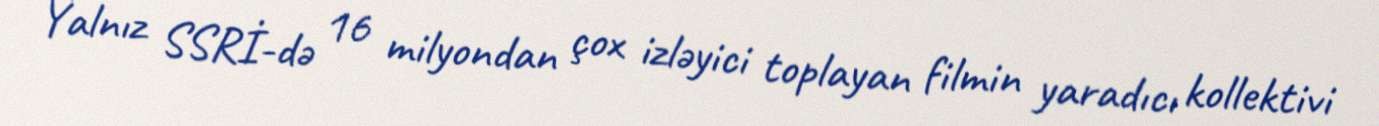
Yalnız SSRİ-də 16 milyondan çox izləyici toplayan filmin yaradıcı kollektivi